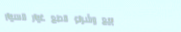
بيع وشراء قطع غيار السيار